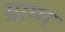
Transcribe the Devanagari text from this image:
ग्राम्म